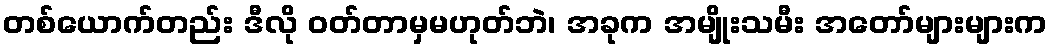
တစ်ယောက်တည်း ဒီလို ဝတ်တာမှမဟုတ်ဘဲ၊ အခုက အမျိုးသမီး အတော်များများက